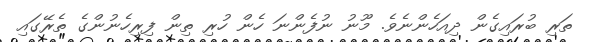
ތަރި ބުރައިގެން ދިއަހެންނެވެ. މޫނު ނުފެންނަ ހެން ހުރި ތިން ފިރިހެނުންގެ ތެރޭގައި